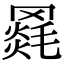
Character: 𦌓